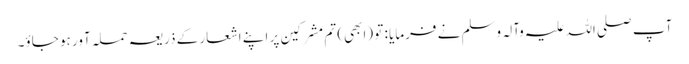
آپ صلی اللہ علیہ وآلہ وسلم نے فرمایا : تو (ابھی) تم مشرکین پر اپنے اشعار کے ذریعہ حملہ آور ہو جاؤ۔